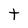
Character: t